Civil Veterinary Department ledger series I-VI
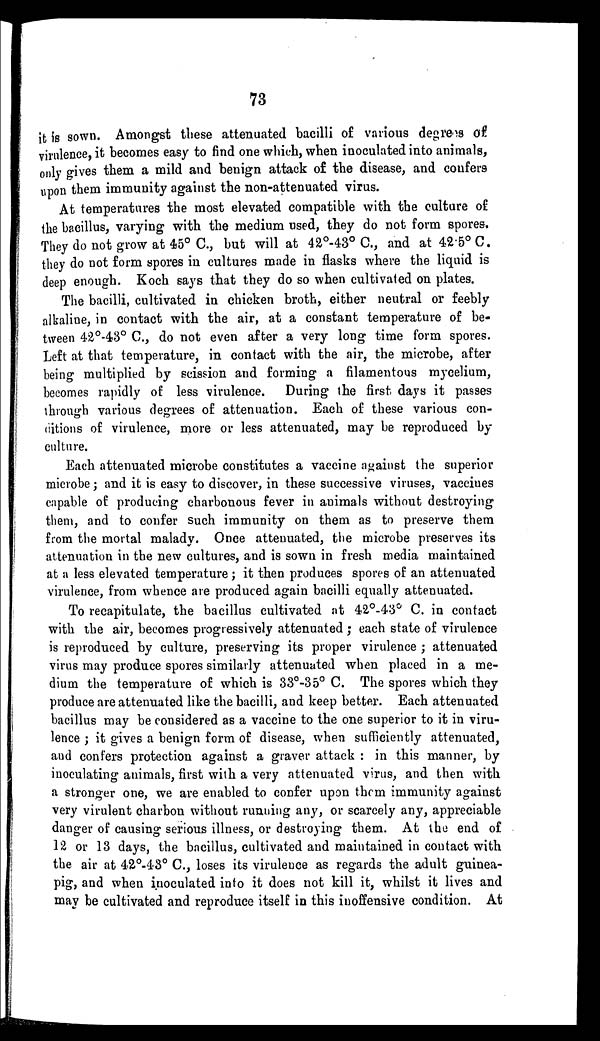
73
it is sown. Amongst these attenuated bacilli of various degrees of
virulence, it becomes easy to find one which, when inoculated into animals,
only gives them a mild and benign attack of the disease, and confers
upon them immunity against the non-attenuated virus.
At temperatures the most elevated compatible with the culture of
the bacillus, varying with the medium used, they do not form spores.
They do not grow at 45° C., but will at 42°-43° C., and at 425° C.
they do not form spores in cultures made in flasks where the liquid is
deep enough. Koch says that they do so when cultivated on plates.
The bacilli, cultivated in chicken broth, either neutral or feebly
alkaline, in contact with the air, at a constant temperature of be-
tween 42°-43° C., do not even after a very long time form spores.
Left at that temperature, in contact with the air, the microbe, after
being multiplied by seission and forming a filamentous mycelium,
becomes rapidly of less virulence. During the first days it passes
through various degrees of attenuation. Each of these various con-
ditions of virulence, more or less attenuated, may be reproduced by
culture.
Each attenuated microbe constitutes a vaccine against the superior
microbe; and it is easy to discover, in these successive viruses, vaccines
capable of producing charbonous fever in animals without destroying
them, and to confer such immunity on them as to preserve them
from the mortal malady. Once attenuated, the microbe preserves its
attenuation in the new cultures, and is sown in fresh media maintained
at a less elevated temperature; it then produces spores of an attenuated
virulence, from whence are produced again bacilli equally attenuated.
To recapitulate, the bacillus cultivated at 42°-43° C. in contact
with the air, becomes progressively attenuated ; each state of virulence
is reproduced by culture, preserving its proper virulence ; attenuated
virus may produce spores similarly attenuated when placed in a me-
dium the temperature of which is 33°-35° C. The spores which they
produce are attenuated like the bacilli, and keep better. Each attenuated
bacillus may be considered as a vaccine to the one superior to it in viru-
lence ; it gives a benign form of disease, when sufficiently attenuated,
and confers protection against a graver attack : in this manner, by
inoculating animals, first with a very attenuated virus, and then with
a stronger one, we are enabled to confer upon them immunity against
very virulent charbon without running any, or scarcely any, appreciable
danger of causing serious illness, or destroying them. At the end of
12 or 13 days, the bacillus, cultivated and maintained in contact with
the air at 42°-43° C., loses its virulence as regards the adult guinea-
pig, and when inoculated into it does not kill it, whilst it lives and
may be cultivated and reproduce itself in this inoffensive condition. At